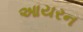
આયરન